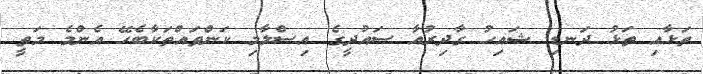
ތަޅާއި ތަޅު ދަނޑި ޝައިހު ގާދިރުއާ ސައުދީގެ އިސްލާމި ކަންތައްތަކާބެހޭ އެންމެ މަތީ